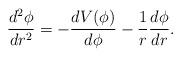
LaTeX: \begin{align*}\frac{d^{2}\phi}{dr^{2}}=-\frac{dV(\phi)}{d\phi}-\frac{1}{r}\frac{d\phi}{dr}.\end{align*}